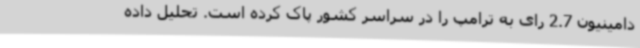
دامینیون 2.7 رای به ترامپ را در سراسر کشور پاک کرده است. تحلیل داده